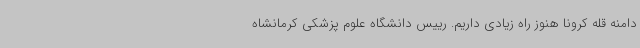
دامنه قله کرونا هنوز راه زیادی داریم. رییس دانشگاه علوم پزشکی کرمانشاه